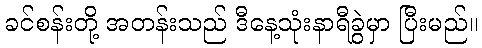
ခင်စန်းတို့ အတန်းသည် ဒီနေ့သုံးနာရီခွဲမှာ ပြီးမည်။